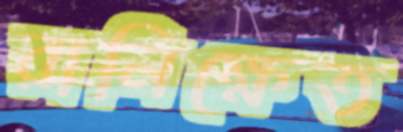
রানিক্ষেত